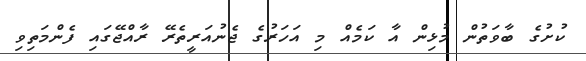
ކުށުގެ ބާވަތުން މުޅިން އާ ކަމެއް މި އަހަރުގެ ޖެނުއަރީތެރޭ ރާއްޖޭގައި ފެންމަތިވި